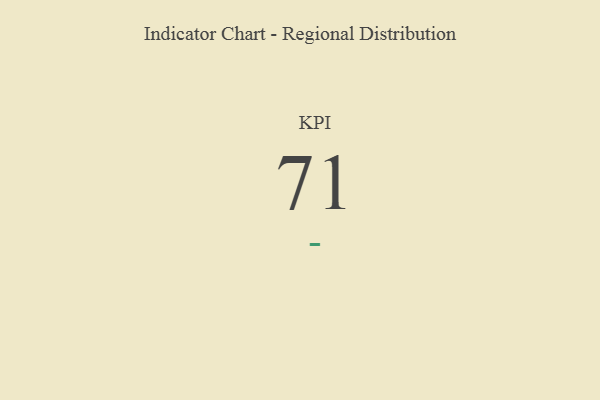
{"axis": {"x": "KPI", "y": "Value"}, "legend": [""], "data": [{"x": "KPI", "y": 71, "type": ""}]}